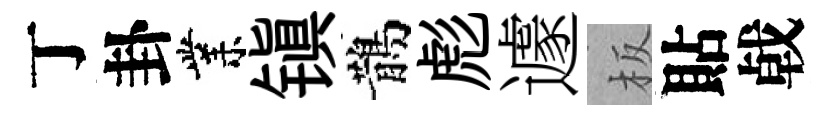
丁卦業镇鵲彪遽板貼㦸